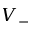
V _ { - }